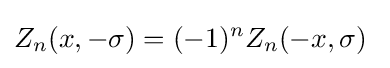
Z_{n}(x,-\sigma )=(-1)^{n}Z_{n}(-x,\sigma )\